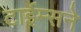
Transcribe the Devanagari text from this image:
टाईम्सने